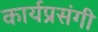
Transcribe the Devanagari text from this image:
कार्यप्रसंगी